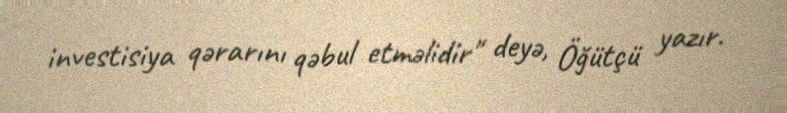
investisiya qərarını qəbul etməlidir" deyə, Öğütçü yazır.